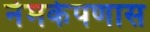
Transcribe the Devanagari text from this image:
नेमकेपणास